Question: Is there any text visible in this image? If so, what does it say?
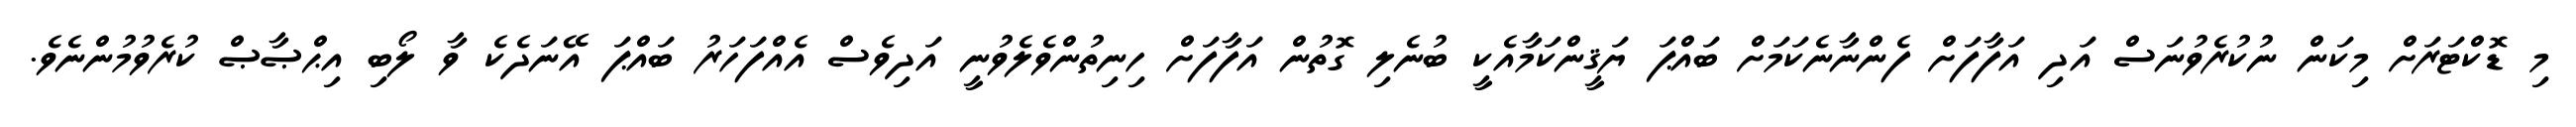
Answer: މި ޑޮކްޓަރަށް މިކަން ނުކުރެވުނަސް އަދި އަފާފަށް ފެންނާނެކަމަށް ބައްޕަ ޔަޤީންކަމާއެކީ ބުނެލި ގޮތުން އަފާފަށް ހިނިތުންވެލެވުނީ އަދިވެސް އެއްފަހަރު ބައްޕަ އޭނަދެކެ ވާ ލޯބި އިޙްޞާޞް ކުރެވުމުންނެވެ.